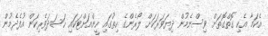
އެކަމާ އެކި ގޮތްގޮތަށް ވިސްނެމުން ދިޔަވަރަކަށް ލޯރެންގެ ހިތުގައި ހީންއަށްޓަކައި ހަސަދަވެރިކަން އުފެދެމުން